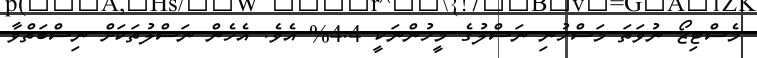
މެސްޓިޒޯ ނުވަތަ މަސްހުނި ނަސްލުގެ މީހުންނަކީ 4.4% އެވެ. އެހެން ނަސްލުތަކަށް ނިސްބަތްވާ